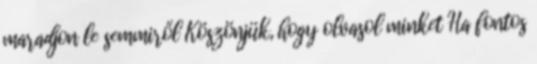
maradjon le semmiről Köszönjük, hogy olvasol minket Ha fontos